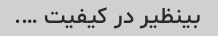
بینظیر در کیفیت ….